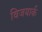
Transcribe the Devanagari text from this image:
विजयार्क